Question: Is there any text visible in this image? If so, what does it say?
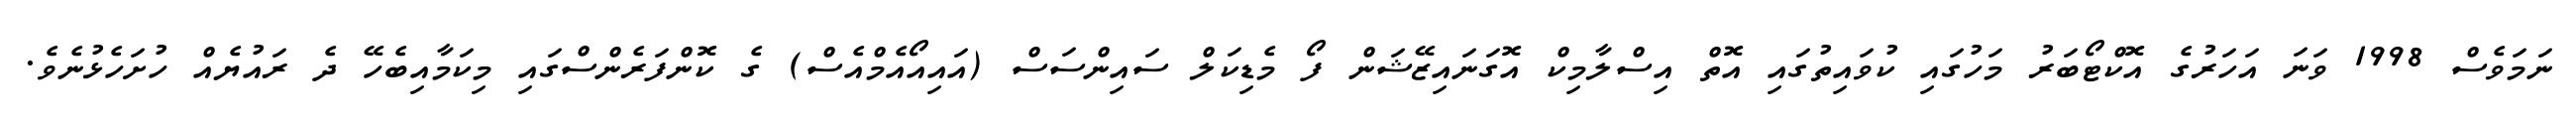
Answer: ނަމަވެސް 1998 ވަނަ އަހަރުގެ އޮކްޓޯބަރު މަހުގައި ކުވައިތުގައި އޮތް އިސްލާމިކް އޮގަނައިޒޭޝަން ފޯ މެޑިކަލް ސައިންސަސް (އައިއޯއެމްއެސް) ގެ ކޮންފަރެންސްގައި މިކަމާއިބެހޭ ދެ ރައުޔެއް ހުށަހެޅުނެވެ.